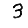
Digit: 3